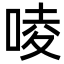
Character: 㖫